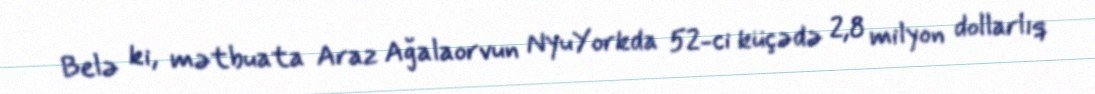
Belə ki, mətbuata Araz Ağalaorvun NyuYorkda 52-ci küçədə 2,8 milyon dollarlıq